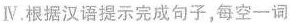
Ⅳ.根据汉语提示完成句子，每空一词